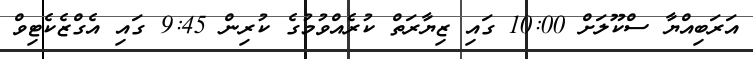
އަރަބިއްޔާ ސްކޫލަށް 10:00 ގައި ޒިޔާރަތް ކުރެއްވުމުގެ ކުރިން 9:45 ގައި އެގްޒެކެޓިވް